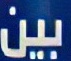
بين